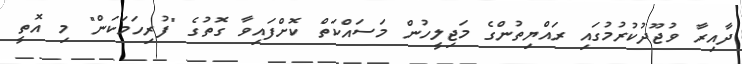
ދާއިރާ ވުޖޫދުކުރުމުގައި ރައްޔިތުންގެ މަޖިލީހުން މަސައްކަތް ކޮށްފައިވާ ގޮތުގެ "ފުރިހަމަކަން" މި އޮތީ